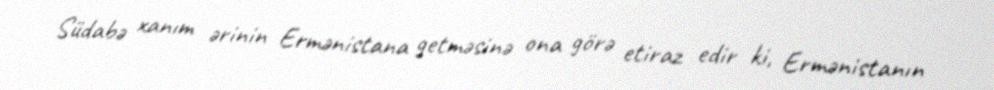
Südabə xanım ərinin Ermənistana getməsinə ona görə etiraz edir ki, Ermənistanın